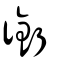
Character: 銜